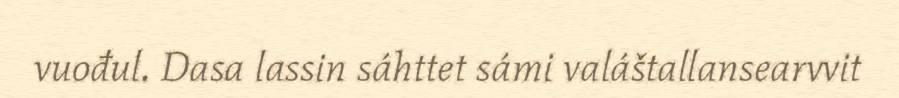
vuođul. Dasa lassin sáhttet sámi valáštallansearvvit